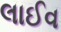
લાઈવ